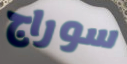
سوراج